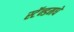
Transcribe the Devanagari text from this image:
स्टॅन्डमधे